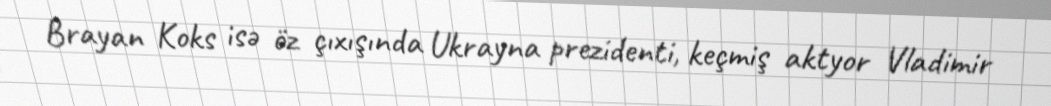
Brayan Koks isə öz çıxışında Ukrayna prezidenti, keçmiş aktyor Vladimir